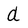
Character: d